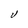
Character: V